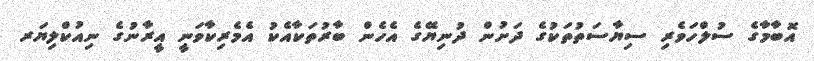
އޮބާމާގެ ސުލްހަވެރި ސިޔާސަތުތަކުގެ ދަށުން ދުނިޔޭގެ އެހެން ބާރުތަކާއެކު އެމެރިކާވަނީ އީރާނުގެ ނިއުކްލިޔަރ